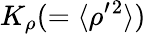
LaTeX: K_{\rho}(=\langle{\rho^{\prime}{}^{2}}\rangle)